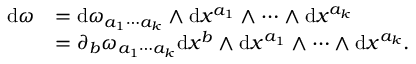
\begin{array} { r l } { \mathrm { d } \omega } & { = \mathrm { d } \omega _ { a _ { 1 } \cdots a _ { k } } \wedge \mathrm { d } x ^ { a _ { 1 } } \wedge \cdots \wedge \mathrm { d } x ^ { a _ { k } } } \\ & { = \partial _ { b } \omega _ { a _ { 1 } \cdots a _ { k } } \mathrm { d } x ^ { b } \wedge \mathrm { d } x ^ { a _ { 1 } } \wedge \cdots \wedge \mathrm { d } x ^ { a _ { k } } . } \end{array}